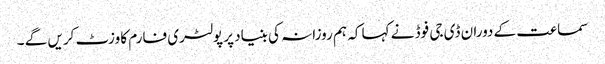
سماعت کے دوران ڈی جی فوڈ نے کہا کہ ہم روزانہ کی بنیاد پر پولٹری فارم کا وزٹ کریں گے ۔